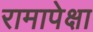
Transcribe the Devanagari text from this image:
रामापेक्षा